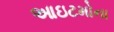
આઇટમોના